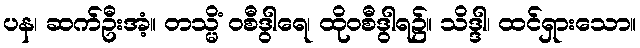
ပန၊ ဆက်ဦးအံ့။ တသ္မိံ ဝစီဒွါရေ၊ ထိုဝစီဒွါရ၌။ သိဒ္ဒါ၊ ထင်ရှားသော။